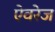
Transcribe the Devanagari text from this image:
ऐवरेज